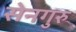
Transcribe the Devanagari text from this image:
सेनगुरु